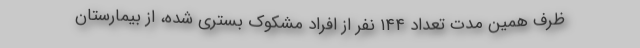
ظرف همین مدت تعداد ۱۴۴ نفر از افراد مشکوک بستری شده، از بیمارستان